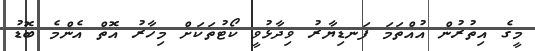
މީގެ އިތުރުން އުއްތަމަ ފަނޑިޔާރު ވިދާޅުވީ ކޯޓުތަކަށް މިހާރު އޮތް އެންމެ ބޮޑު